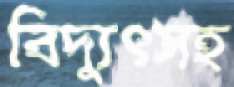
বিদ্যুৎসহ